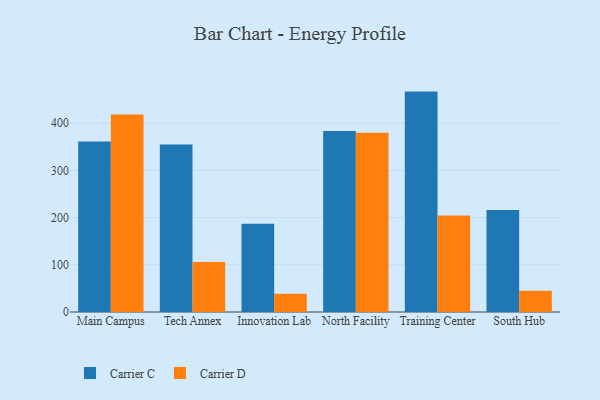
{"axis": {"x": "Campus", "y": "Inventory Turnover"}, "legend": ["Carrier C", "Carrier D"], "data": [{"x": "Main Campus", "y": 361.2, "type": "Carrier C"}, {"x": "Main Campus", "y": 418.1, "type": "Carrier D"}, {"x": "Tech Annex", "y": 354.7, "type": "Carrier C"}, {"x": "Tech Annex", "y": 106.1, "type": "Carrier D"}, {"x": "Innovation Lab", "y": 186.9, "type": "Carrier C"}, {"x": "Innovation Lab", "y": 38.5, "type": "Carrier D"}, {"x": "North Facility", "y": 383.5, "type": "Carrier C"}, {"x": "North Facility", "y": 379.5, "type": "Carrier D"}, {"x": "Training Center", "y": 466.8, "type": "Carrier C"}, {"x": "Training Center", "y": 204.2, "type": "Carrier D"}, {"x": "South Hub", "y": 216.1, "type": "Carrier C"}, {"x": "South Hub", "y": 44.9, "type": "Carrier D"}]}